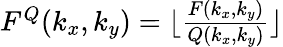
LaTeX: \begin{array}{r}{F^{Q}(k_{x},k_{y})=\lfloor\frac{F(k_{x},k_{y})}{Q(k_{x},k_{y})}\rfloor}\end{array}